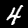
Label: 4